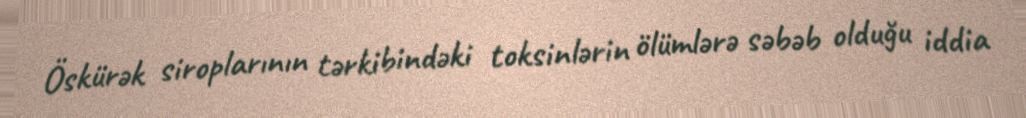
Öskürək siroplarının tərkibindəki toksinlərin ölümlərə səbəb olduğu iddia